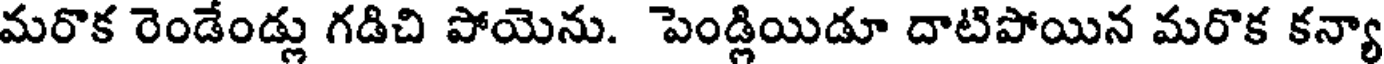
మరొక రెండేండ్లు గడిచి పోయెను. పెండ్లియిడూ దాటిపోయిన మరొక కన్యా